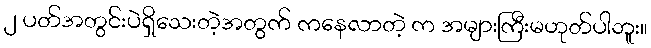
၂ ပတ်အတွင်းပဲရှိသေးတဲ့အတွက် ကနေလာတဲ့ က အများကြီးမဟုတ်ပါဘူး။